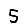
Digit: 5